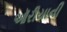
ઑરીયાની